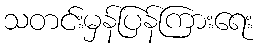
သတင်းမှန်ပြန်ကြားရေး